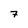
Character: 7